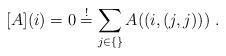
LaTeX: \begin{align*}[A](i)=0 \stackrel{!}{=}\sum_{j\in\{\}}A((i,(j,j)))\;.\end{align*}